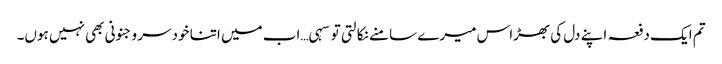
تم ایک دفعہ اپنے دل کی بھڑاس میرے سامنے نکالتی تو سہی…اب میں اتنا خودسر و جنونی بھی نہیں ہوں۔